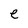
Character: e